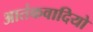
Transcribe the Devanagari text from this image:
आतंकवादियो